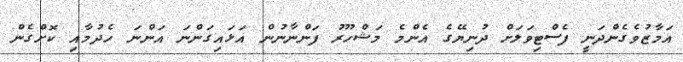
އަމާޒުވެގެންދަނީ ފެސްޓިވަލަށް ދުނިޔޭގެ އެންމެ މަޝްހޫރު ފަންނާނުން އަޅައިގަންނަ އަންނަ ހެދުމާއި ކޮށްގެން